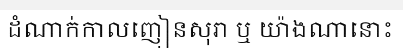
ដំណាក់កាលញៀនសុរា ឬ យ៉ាងណានោះ